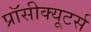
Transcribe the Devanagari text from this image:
प्रॉसीक्यूटर्स